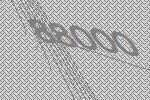
88000